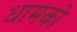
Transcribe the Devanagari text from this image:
धामको